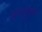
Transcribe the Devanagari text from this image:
अन्तर्गुंफन